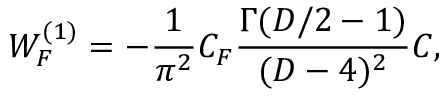
{ \cal W } _ { F } ^ { ( 1 ) } = - \frac { 1 } { { \pi } ^ { 2 } } C _ { F } { \frac { \Gamma ( D / 2 - 1 ) } { ( D - 4 ) ^ { 2 } } } { \cal C } ,